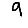
Digit: 9